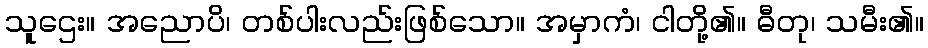
သူဌေး။ အညောပိ၊ တစ်ပါးလည်းဖြစ်သော။ အမှာကံ၊ ငါတို့၏။ ဓီတု၊ သမီး၏။